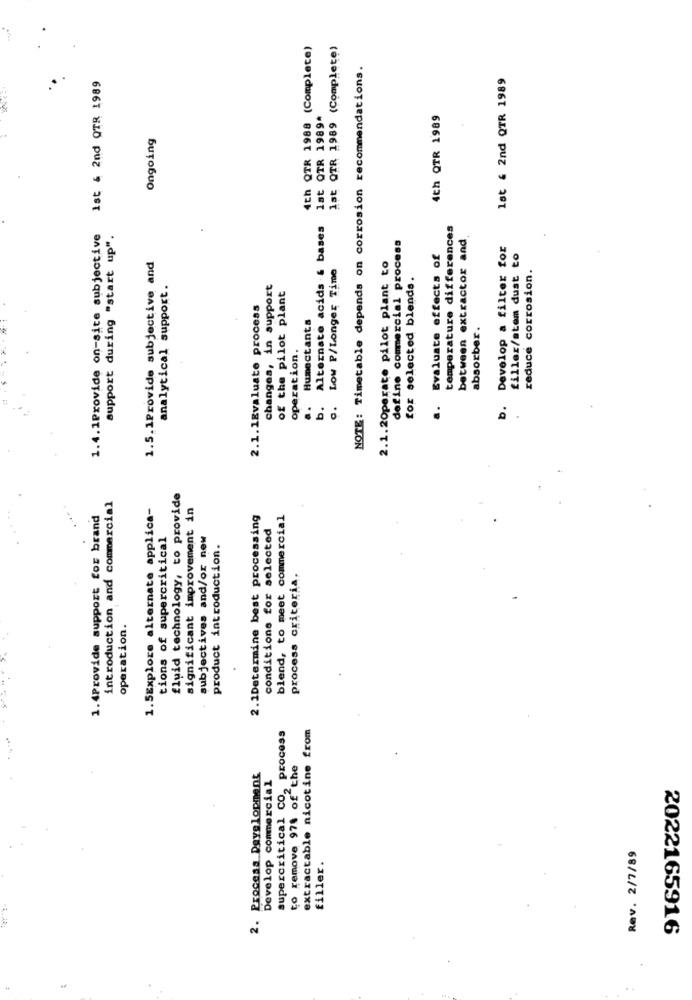
4th QTR 1988 (Complete)
1st QTR 1989 (Complete)
NOTE: Timetable depends on corrosion recommendations.
lat & 2nd QTR 1989
Ist & 2nd QTR 1989
1st OTR 1989*
4th QTR 1989
Ongoing
Alternate acids & bases
temperature differences
1.4.1Provide on-site subjective
support during "start up".
define commercial process
between extractor and
Develop a filter for
Evaluate effects of
filler/stem dust to
1.5.1Provide subjective and
c. LOW P/Longer Time
2.1.20perate pilot plant to
reduce corrosion.
for selected blends.
analytical support.
changes, in support
of the pilot plant
2.1. 1Evaluate process
a. Humectants
absorber.
operation.
b.
b.
:
introduction and commercial
fluid technology, to provide
1.5Explore alternate applica-
significant improvement in
1.4Provide support for brand
2.1Determine best processing
blend, to meet commercial
conditions for selected
tions of supercritical
subjectives and/or new
product introduction.
process criteria.
operation.
supercritical CO, process
extractable nicotine from
to remove 974 of the
2. Procesa Development
Develop commercial
Rev. 2/7/89
filler.
2022165916